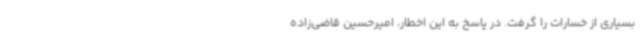
بسیاری از خسارات را گرفت. در پاسخ به این اخطار، امیرحسین قاضی‌زاده